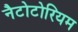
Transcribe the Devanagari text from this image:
नैटोटोरियम